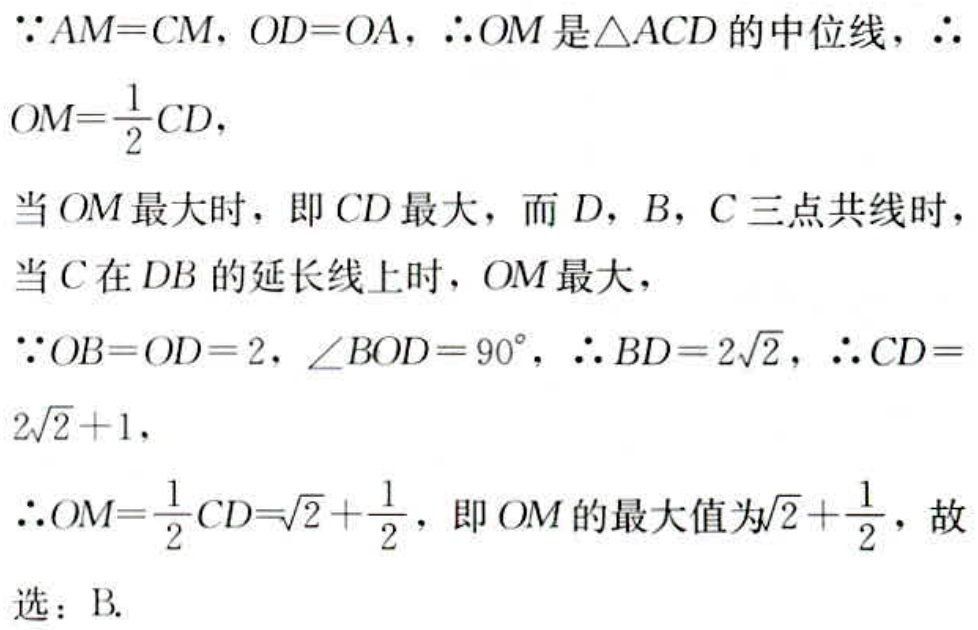
$\because AM = CM,\ OD = OA,\ \therefore OM\text{ 是}\triangle ACD\text{ 的中位线，}\therefore$
$OM=\frac{1}{2}CD,$
当$OM$最大时，即$CD$最大，而$D,B,C$三点共线时，
当$C$在$DB$的延长线上时，$OM$最大，
$\because OB = OD = 2,\ \angle BOD = 90^{\circ},\ \therefore BD = 2\sqrt{2},\ \therefore CD=$
$2\sqrt{2}+1,$
$\therefore OM=\frac{1}{2}CD=\sqrt{2}+\frac{1}{2}$，即$OM$的最大值为$\sqrt{2}+\frac{1}{2}$，故
选：B.